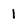
Character: 1